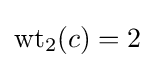
\mathrm {wt} _{2}(c)=2